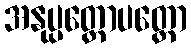
အနုပ္ပတ္တောပတ္တော